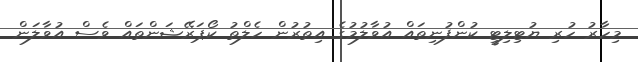
މިހާރު ހުރި ޔުޓިލިޓީ ކުންފުނިތައް އުވާލުމުގެ އިތުރުން ހެލްތު ކޯޕަރޭޝަންތައް ވެސް އުވާލަން